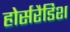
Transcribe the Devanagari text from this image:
होर्सरैडिश